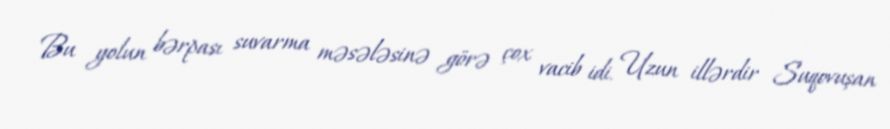
Bu yolun bərpası suvarma məsələsinə görə çox vacib idi. Uzun illərdir Suqovuşan